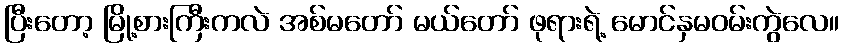
ပြီးတော့ မြို့စားကြီးကလဲ အစ်မတော် မယ်တော် ဖုရားရဲ့ မောင်နှမဝမ်းကွဲလေ။